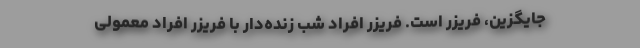
جایگزین، فریزر است. فریزر افراد شب زنده‌دار با فریزر افراد معمولی